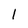
Character: 1